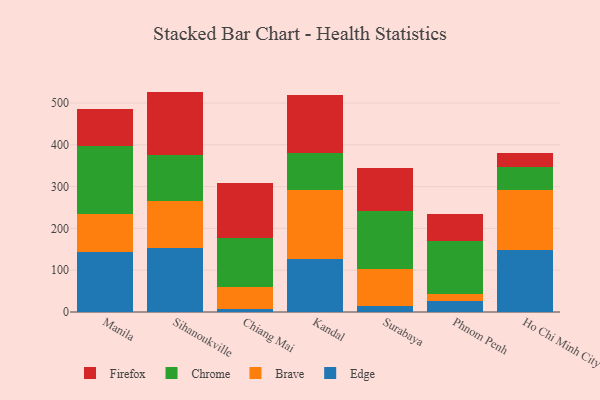
{"axis": {"x": "City", "y": "Net Income (USD K)"}, "legend": ["Brave", "Chrome", "Edge", "Firefox"], "data": [{"x": "Manila", "y": 142.8, "type": "Edge"}, {"x": "Manila", "y": 90.8, "type": "Brave"}, {"x": "Manila", "y": 163.7, "type": "Chrome"}, {"x": "Manila", "y": 88.5, "type": "Firefox"}, {"x": "Sihanoukville", "y": 152.9, "type": "Edge"}, {"x": "Sihanoukville", "y": 111.9, "type": "Brave"}, {"x": "Sihanoukville", "y": 111.7, "type": "Chrome"}, {"x": "Sihanoukville", "y": 150.8, "type": "Firefox"}, {"x": "Chiang Mai", "y": 7.8, "type": "Edge"}, {"x": "Chiang Mai", "y": 51.8, "type": "Brave"}, {"x": "Chiang Mai", "y": 116.3, "type": "Chrome"}, {"x": "Chiang Mai", "y": 131.8, "type": "Firefox"}, {"x": "Kandal", "y": 127.1, "type": "Edge"}, {"x": "Kandal", "y": 165.6, "type": "Brave"}, {"x": "Kandal", "y": 88.3, "type": "Chrome"}, {"x": "Kandal", "y": 138.3, "type": "Firefox"}, {"x": "Surabaya", "y": 13.5, "type": "Edge"}, {"x": "Surabaya", "y": 88.8, "type": "Brave"}, {"x": "Surabaya", "y": 138.9, "type": "Chrome"}, {"x": "Surabaya", "y": 104.1, "type": "Firefox"}, {"x": "Phnom Penh", "y": 25.6, "type": "Edge"}, {"x": "Phnom Penh", "y": 18.4, "type": "Brave"}, {"x": "Phnom Penh", "y": 125.5, "type": "Chrome"}, {"x": "Phnom Penh", "y": 65.4, "type": "Firefox"}, {"x": "Ho Chi Minh City", "y": 147.2, "type": "Edge"}, {"x": "Ho Chi Minh City", "y": 145.1, "type": "Brave"}, {"x": "Ho Chi Minh City", "y": 54.4, "type": "Chrome"}, {"x": "Ho Chi Minh City", "y": 33.4, "type": "Firefox"}]}